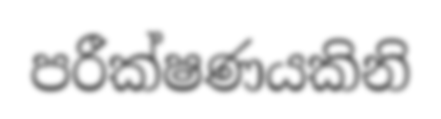
පරීක්ෂණයකිනි